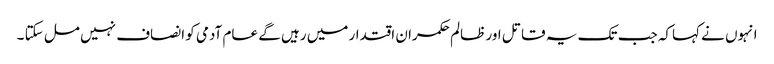
انہوں نے کہاکہ جب تک یہ قاتل اور ظالم حکمران اقتدار میں رہیں گے عام آدمی کو انصاف نہیں مل سکتا ۔